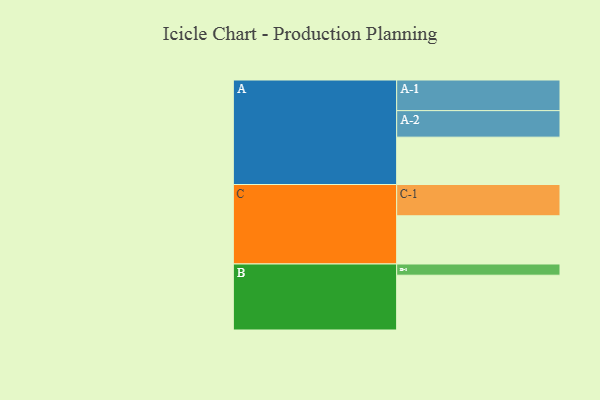
{"axis": {"x": "Segment", "y": "Value"}, "legend": ["", "A", "B", "C"], "data": [{"x": "A", "y": 439, "type": ""}, {"x": "B", "y": 508, "type": ""}, {"x": "C", "y": 447, "type": ""}, {"x": "A-1", "y": 284, "type": "A"}, {"x": "A-2", "y": 246, "type": "A"}, {"x": "B-1", "y": 104, "type": "B"}, {"x": "C-1", "y": 290, "type": "C"}]}